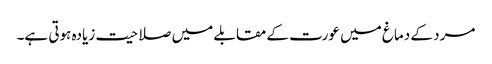
مرد کے دماغ میں عورت کے مقابلے میں صلاحیت زیادہ ہوتی ہے۔